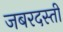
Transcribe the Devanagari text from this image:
जबरदस्‍ती